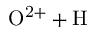
\mathrm { O ^ { 2 + } + H }